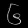
Digit: ၆